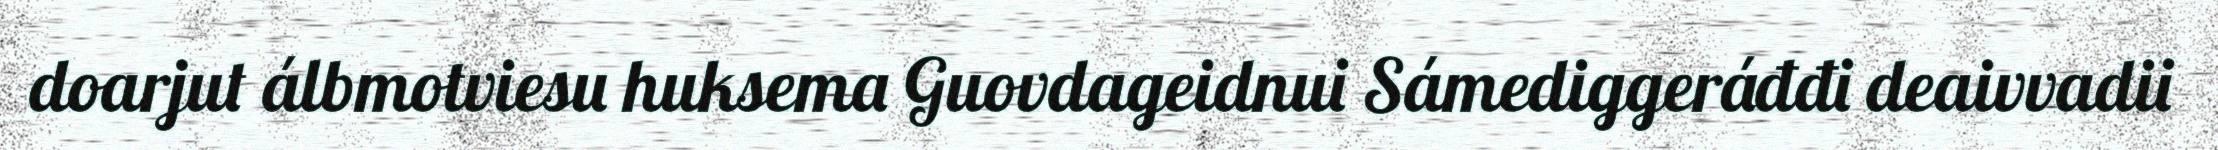
doarjut álbmotviesu huksema Guovdageidnui Sámediggeráđđi deaivvadii